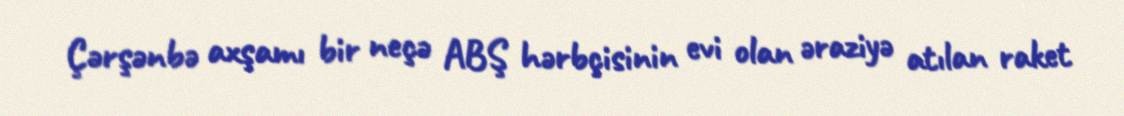
Çərşənbə axşamı bir neçə ABŞ hərbçisinin evi olan əraziyə atılan raket